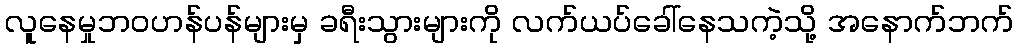
လူနေမှုဘဝဟန်ပန်များမှ ခရီးသွားများကို လက်ယပ်ခေါ်နေသကဲ့သို့ အနောက်ဘက်